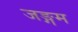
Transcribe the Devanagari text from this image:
जङ्गम